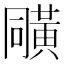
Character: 𪎼